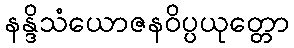
နန္ဒိသံယောဇနဝိပ္ပယုတ္တော